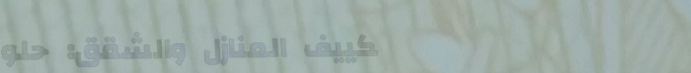
تكييف المنازل والشقق: حلو